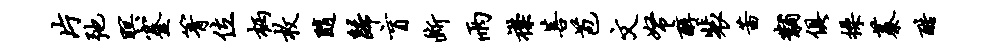
片弛暝蹇箐位柄枚随归盲断雨襟菩苞文帑醇裴茜黼俱操蓁酷